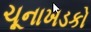
ચૂનાખડકો